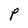
Character: P